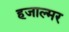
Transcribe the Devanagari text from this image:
हजाल्मर